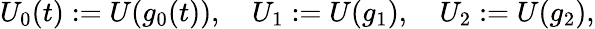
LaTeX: U_{0}(t):=U(g_{0}(t)),\quad U_{1}:=U(g_{1}),\quad U_{2}:=U(g_{2}),